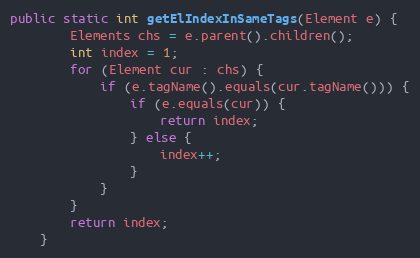
Language: Java
public static int getElIndexInSameTags(Element e) {
        Elements chs = e.parent().children();
        int index = 1;
        for (Element cur : chs) {
            if (e.tagName().equals(cur.tagName())) {
                if (e.equals(cur)) {
                    return index;
                } else {
                    index++;
                }
            }
        }
        return index;
    }